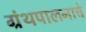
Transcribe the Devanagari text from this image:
ग्रंथपालनाचे